Report on sanitation, dispensaries, and jails in Rajputana for 1912, and on vaccination for the year 1912-1913 - 1912-1913
Year: 1912
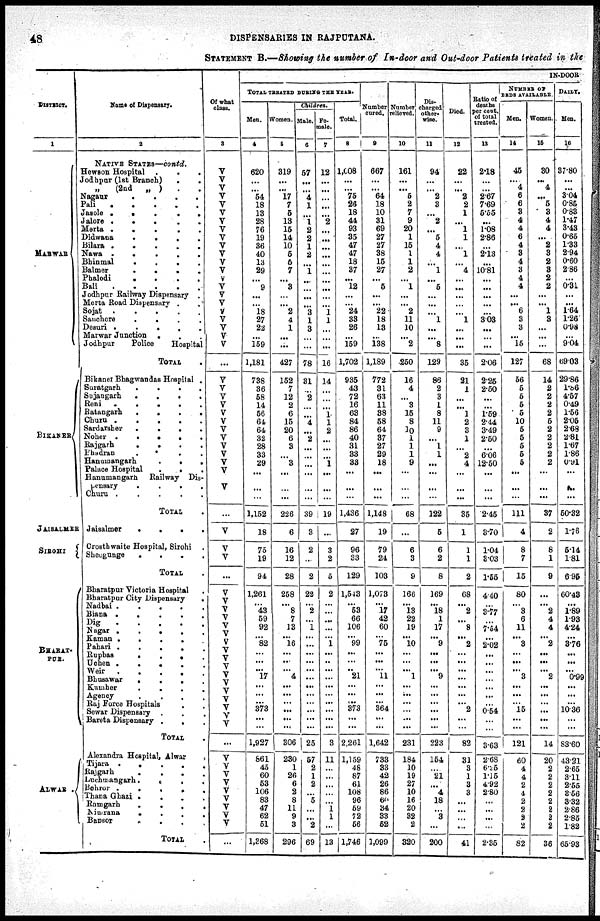
48
DISPENSARIES IN RAJPUTANA.
STATEMENT B.—Showing the number of In-door and Out-door Patients treated in the
DISTRICT.
1
MARWAR
BIKANER
JAISALMER
SIROHI
BHARAT-
PUR.
ALWAR .
Name of Dispensary.
2
NATIVE STATES—contd.
Hewson Hospital . . .
Jodhpur (1st Branch)
.
.
„
(2nd „ ) . .
Nagaur
.
.
.
.
.
Pali . . . . .
Jasole
.
.
.
.
..
Jalore
.
.
.
.
.
.
Merta
.
.
.
.
.
.
Didwana
.
.
.
.
Bilara
.
.
.
.
.
Nawa
.
.
.
.
.
.
Bhinmal
.
.
.
.
.
Balmer
.
.
.
.
.
Phalodi
.
.
.
.
.
.
Bali
.
.
.
.
.
.
Jodhpur Railway Dispensary .
Merta Road Dispensary . .
Sojat
.
.
.
.
Sanchore
.
.
.
.
.
Desuri
.
.
.
.
.
.
Marwar Junction . . .
Jodhpur
Police
Hospital
TOTAL
.
Bikaner Bhagwandas Hospital .
Suratgarh
.
.
.
.
.
Sujangarh
.
.
.
.
.
Reni
.
.
.
.
Ratangarh . . . . . .
Churu
.
.
.
.
.
.
Sardarsher
.
.
.
.
.
Noher
.
.
.
.
.
Rajgarh
.
.
.
.
.
.
Phadran . . . . . .
Hanumangarh . . .
Palace Hospital . . . .
Hanumangarh
Railway Dis-
pensary
.
.
.
.
.
Churu
.
.
.
.
TOTAL .
Jaisalmer
.
.
.
.
.
Crosthwaite Hospital, Sirohi
Sheogunge
.
.
.
.
.
TOTAL .
Bharatpur Victoria Hospital .
Bharatpur City Dispensary
.
Nadbai
.
.
.
.
.
Biana
.
.
.
.
.
Dig
.
.
.
.
.
.
Nagar
.
.
.
.
.
Kaman
.
.
.
.
.
Pahari
.
.
.
.
.
Rupbas . . . . .
Uchen.
..
.
.
.
.
Weir . . . . . .
Bhusawar . . . . . .
Kumher
.
.
.
.
.
Agency
.
.
.
.
.
Raj Force Hospitals . .
Sewar Dispensary
.
.
.
.
Bareta Dispensary . . . .
TOTAL .
Alexandra Hospital, Alwar
.
Tijara
.
.
.
.
.
Rajgarh
.
.
.
.
Luchmangarh
.
.
.
.
Behror
.
.
.
.
.
Thana Ghazi . . . . . .
Ramgarh
.
.
.
.
.
Nimrana
.
.
.
.
..
Bansor.
.
.
.
.
.
TOTAL .
Of what
class.
3
V
V
V
V
V
V
V
V
V
V
V
V
V
V
V
V
V
V
V
V
V
V
...
V
V
V
V
V
V
V
V
V
V
V
V
V
...
...
V
V
V
...
V
V
V
V
V
V
V
V V
V
V V
V
V
V
V
V
...
V
V
V
V
V
V
V
V
V
...
IN-DOOR
TOTAL TREATED DURING YEAR.
Men.
4
620
...
...
54
18
13
28
76
19
36
40
13
29
...
9
...
...
18
27
22
...
159
1,181
738
36
58
14
56
64
64
32
28
33
29
...
...
...
1,152
18
75
19
94
1,261
...
43
59
92
...
82
...
...
...
17
...
...
...
373
...
...
1,927
861
45
60
53
106
83
47
62
51
1,368
Women.
5
319
...
...
17
7
5
13
15
14
10
5
5
7
...
3
...
...
2
4
1
...
...
427
152
7
12
2
6
15
20
6
3
...
3
...
...
...
226
6
16
12
28
258
...
8
7
13
...
16
...
...
...
4
...
...
...
...
...
...
306
230
1
26
6
2
8
11
9
3
296
Children.
Male.
6
57
...
...
4
1
...
1
2
2
1
2
...
1
...
...
...
...
3
1
3
...
...
78
31
...
2
...
...
4
...
2
...
...
...
...
...
...
39
3
2
...
2
22
...
2
...
1
...
...
...
...
...
...
...
...
...
...
...
...
25
57
2
1
2
...
5
...
...
2
69
Fe-
male.
7
12
...
...
...
...
...
2
...
...
...
...
...
...
...
...
...
...
1
1
...
...
...
16
14
...
...
...
1
1
2
...
...
...
1
...
...
...
19
...
3
2
5
2
...
...
...
...
...
1
...
...
..
...
...
...
...
...
...
...
3
11
...
...
...
...
...
1
1
...
13
Total.
8
1,008
...
...
75
26
18
44
93
35
47
47
18
37
...
12
...
...
24
33
26
...
159
1,702
935
43
72
16
63
84
86
40
31
33
33
...
...
...
1,436
27
96
33
129
1,543
...
53
66
106
...
99
...
...
...
21
...
...
...
373
...
...
2,261
1,159
48
87
61
108
96
59
72
56
1,746
Number
cured.
9
667
...
...
64
18
10
31
69
27
27
38
15
27
...
5
...
...
22
18
13
...
138
1,189
772
31
63
11
38
58
64
37
27
29
18
...
...
...
1,148
19
79
24
103
1,073
...
17
42
60
...
75
...
...
...
11
...
...
...
364
...
...
1,642
733
33
42
26
86
60
34
33
52
1,099
Number
relieved.
10
161
...
...
5
2
7
9
20
1
15
1
1
2
...
1
...
...
2
11
10
...
2
260
16
4
...
3
15
8
10
1
1
1
9
...
...
...
68
...
6
3
9
166
...
13
22
19
...
10
...
...
...
1
...
...
...
...
...
...
231
184
10
19
27
10
16
20
32
2
320
Dis-
charged
other-
wise.
11
94
...
...
2
3
...
2
...
5
4
4
...
1
...
5
...
...
...
1
...
...
8
129
86
2
3
1
8
11
9
...
1
1
...
...
...
...
122
5
6
2
8
169
...
18
1
17
...
9
...
...
...
9
...
...
...
...
...
...
223
154
...
21
...
4
18
...
3
...
200
Died.
12
22
...
...
2
2
1
...
1
1
...
1
...
4
...
...
...
...
...
1
...
...
...
35
21
1
...
...
1
2
3
1
...
2
4
...
...
...
35
1
1
1
2
68
...
2
...
8
...
2
...
...
...
...
...
...
...
2
...
...
82
31
3
1
3
3
...
...
...
...
41
Ratio of
deaths
per cent.
of total
treated.
13
2.18
...
...
2.67
7.69
5.55
...
1.08
2.86
...
2.13
...
10.81
...
...
...
...
...
3.03
...
...
...
2.06
2.25
2.50
...
...
1.59
2.44
3.49
2.50
...
6.06
12.50
...
...
...
2.45
3.70
1.04
3.03
1.55
4.40
...
3.77 3.77
7.54
...
2.02
...
...
...
...
...
...
...
0.54
...
...
3.63
2.68
6.25
1.15
4.92
2.80
...
...
...
...
2.35
NUMBER OF
BEDS AVAILABLE.
Men.
14
45
...
4
6
6
3
4
4
6
4
3
4
3
4
4
...
...
6
3
3
...
15
127
56
5
5
5
5
10
5
5
5
5
5
...
...
...
111
4
8
7
15
80
...
3
6
11
...
3
...
...
...
3 ...
...
...
15
...
...
121
60
4
4
2
4
2
2
2
2
82
Women.
15
30
...
4
...
5
3
4
4
...
2
3
2
3
2
2
...
...
1
3
...
...
...
68
14
2
2
2
2
5
2
2
2
2
2
...
...
...
37
2
8
1
9
...
...
2
4
4
...
2
...
...
...
2
...
...
...
...
...
...
14
20
2
2
2
2
2
2
2
2
36
DAILY.
Men.
16
37.80
...
...
3.04
0.85
0.83
1.47
3.43
0.65
1.33
2.94
0.60
2.86
...
0.31
...
...
1.64
1.26
0.98
...
9.04
69.03
29.86
1.86
4.57
0.49
1.56
2.05
2.68
2.81
1.67
1.86
0.91
...
...
...
50.32
1.76
5.14
1.81
6.95
60.43
...
1.89
1.93
4.24
...
3.76
...
...
...
0.99
...
...
...
10.36
...
...
83.60
43.21
2.65
3.11
2.55
3.56
3.32
2.86
2.85
1.82
65.93